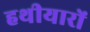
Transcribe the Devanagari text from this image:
हथीयारों